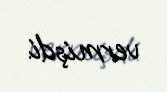
vermişdi.